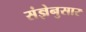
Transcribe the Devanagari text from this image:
संज्ञेनुसार